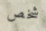
شخص